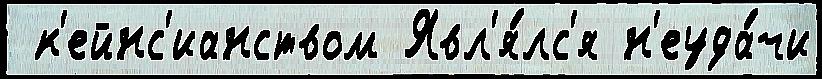
 к'ейнс'ианством Явл'я́лс'я н'еуда́чи